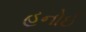
હનોઈ